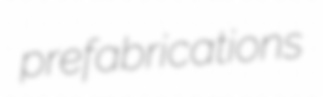
prefabrications